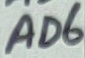
Text: AD6